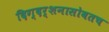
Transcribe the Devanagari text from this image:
दिग्दर्शनासोबतच